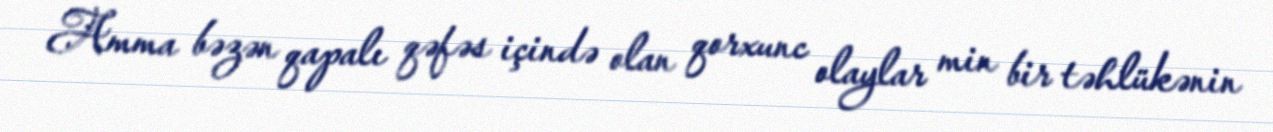
Amma bəzən qapalı qəfəs içində olan qorxunc olaylar min bir təhlükənin